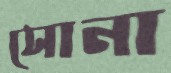
সোনা